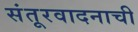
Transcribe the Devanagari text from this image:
संतूरवादनाची